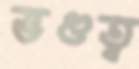
ভণ্ডত্ব